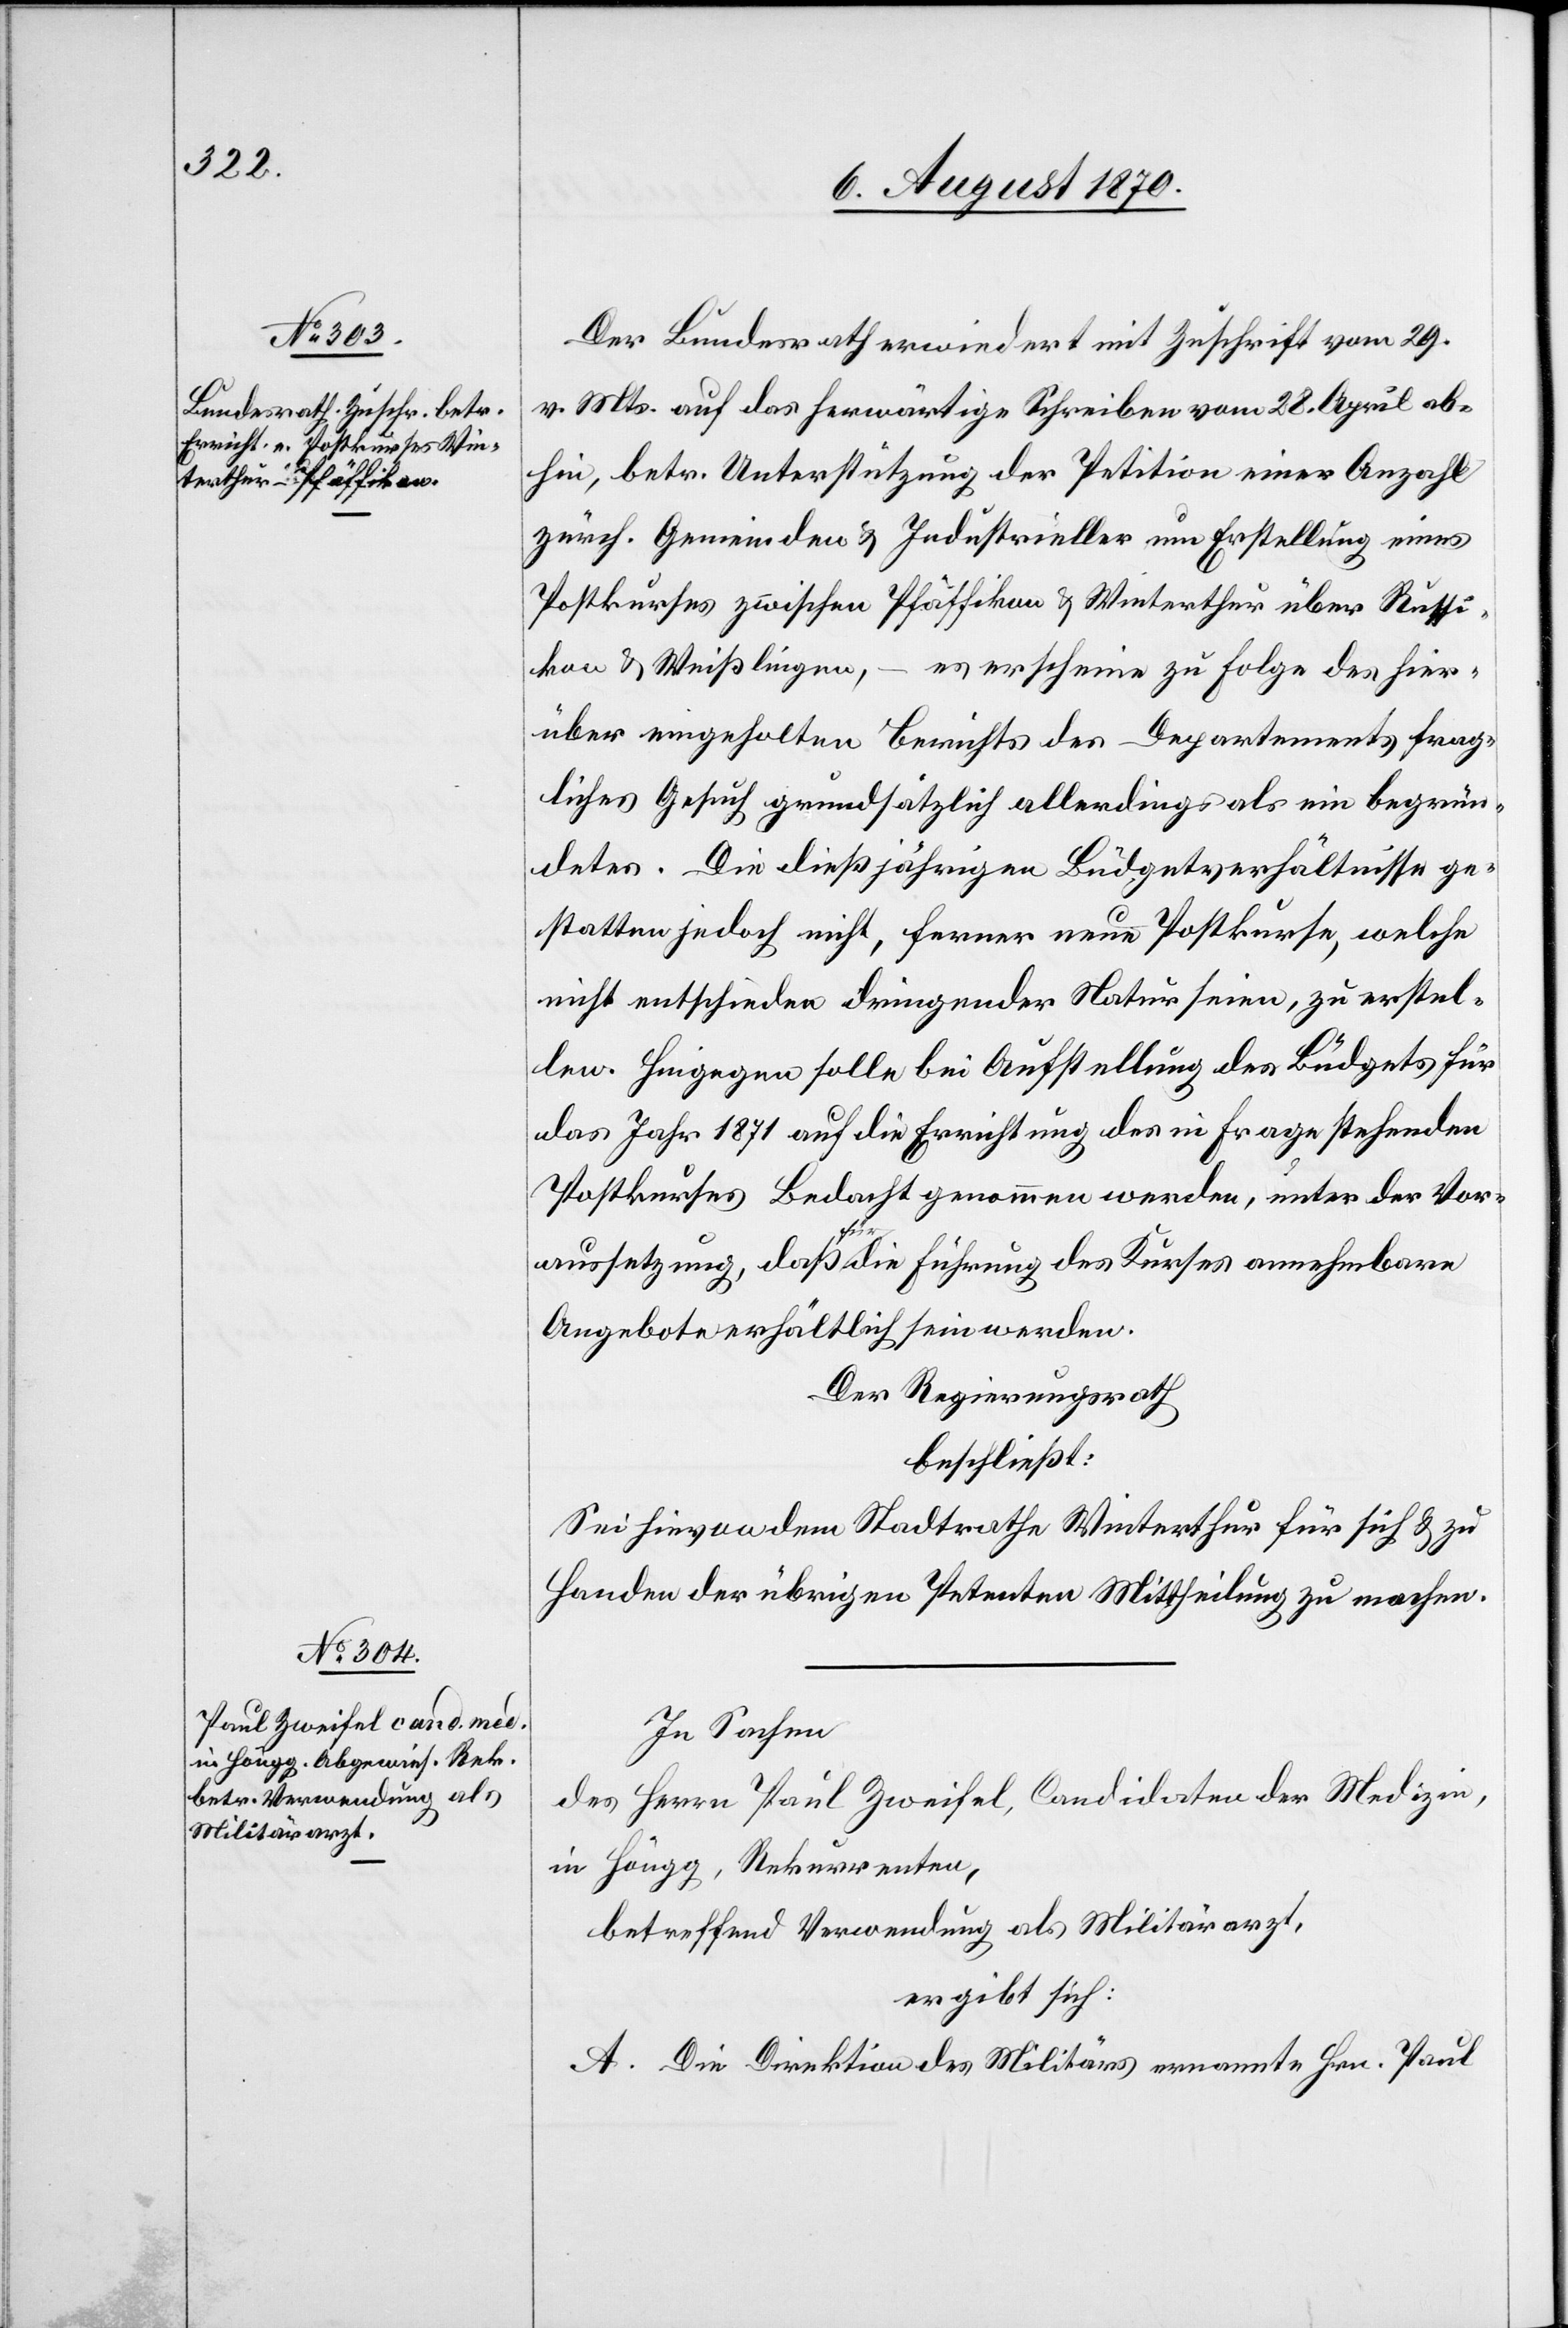
Der Bundesrath erwiedert mit Zuschrift vom 29.
v. Mts. auf das herwärtige Schreiben vom 28. April ab¬
hin, betr. Unterstützung der Petition einer Anzahl
zürch. Gemeinden & Industrieller um Erstellung eines
Postkurses zwischen Pfäffikon & Winterthur über Russi¬
kon & Weißlingen, – es erscheine zu Folge des hier¬
über eingeholten Berichts des Departements frag¬
liches Gesuch grundsätzlich allerdings als ein begrün¬
detes. Die dießjährigen Büdgetverhältnisse ge¬
statten jedoch nicht, ferner neue Postkurse, welche
nicht entschieden dringender Natur seien, zu erstel¬
len. Hingegen solle bei Aufstellung des Büdgets für
das Jahr 1871 auf die Errichtung des in Frage stehenden
Postkurses Bedacht genommen werden, unter der Vor¬
aussetzung, daß für die Führung des Kurses annehmbare
Angebote erhältlich sein werden.
Der Regierungsrath
beschließt:
Sei hievon dem Stadtrathe Winterthur für sich & zu
Handen der übrigen Petenten Mittheilung zu machen.
In Sachen
des Herrn Paul Zweifel, Candidaten der Medizin,
in Höngg, Rekurrenten,
betreffend Verwendung als Militärarzt,
ergibt sich:
A. Die Direktion des Militärs ernannte Hrn. Paul